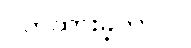
ပိတ်ထားခဲ့တာပါ။